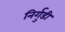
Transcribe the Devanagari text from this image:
निर्गुडी